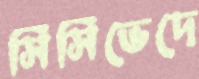
সিসিভেদে